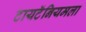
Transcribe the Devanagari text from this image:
टायटॅनियमला